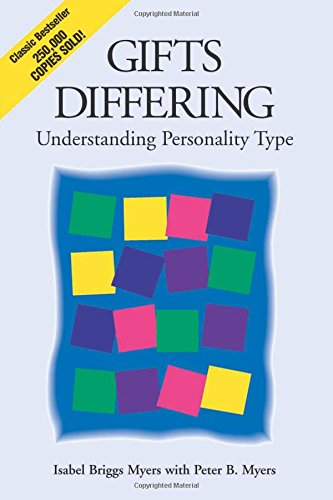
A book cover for Gifts Differing: Understanding Personality Type; Isabel Briggs Myers; Health, Fitness & Dieting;